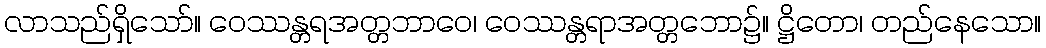
လာသည်ရှိသော်။ ဝေဿန္တရအတ္တဘာဝေ၊ ဝေဿန္တရာအတ္တဘော၌။ ဋ္ဌိတော၊ တည်နေသော။